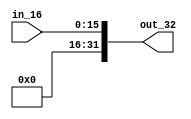
`timescale 1ns / 1ps
//////////////////////////////////////////////////////////////////////////////////
// Company: 
// Engineer: 
// 
// Design Name: 
// Module Name:    ZE 
// Project Name: 
// Target Devices: 
// Tool versions: 
// Description: 
//
// Dependencies: 
//
// Revision: 
// Revision 0.01 - File Created
// Additional Comments: 
//
//////////////////////////////////////////////////////////////////////////////////
module Zero_Extension(out_32, in_16);

input [15:0] in_16;
output [31:0] out_32;

assign out_32 = {{16'b0000000000000000}, in_16};

endmodule